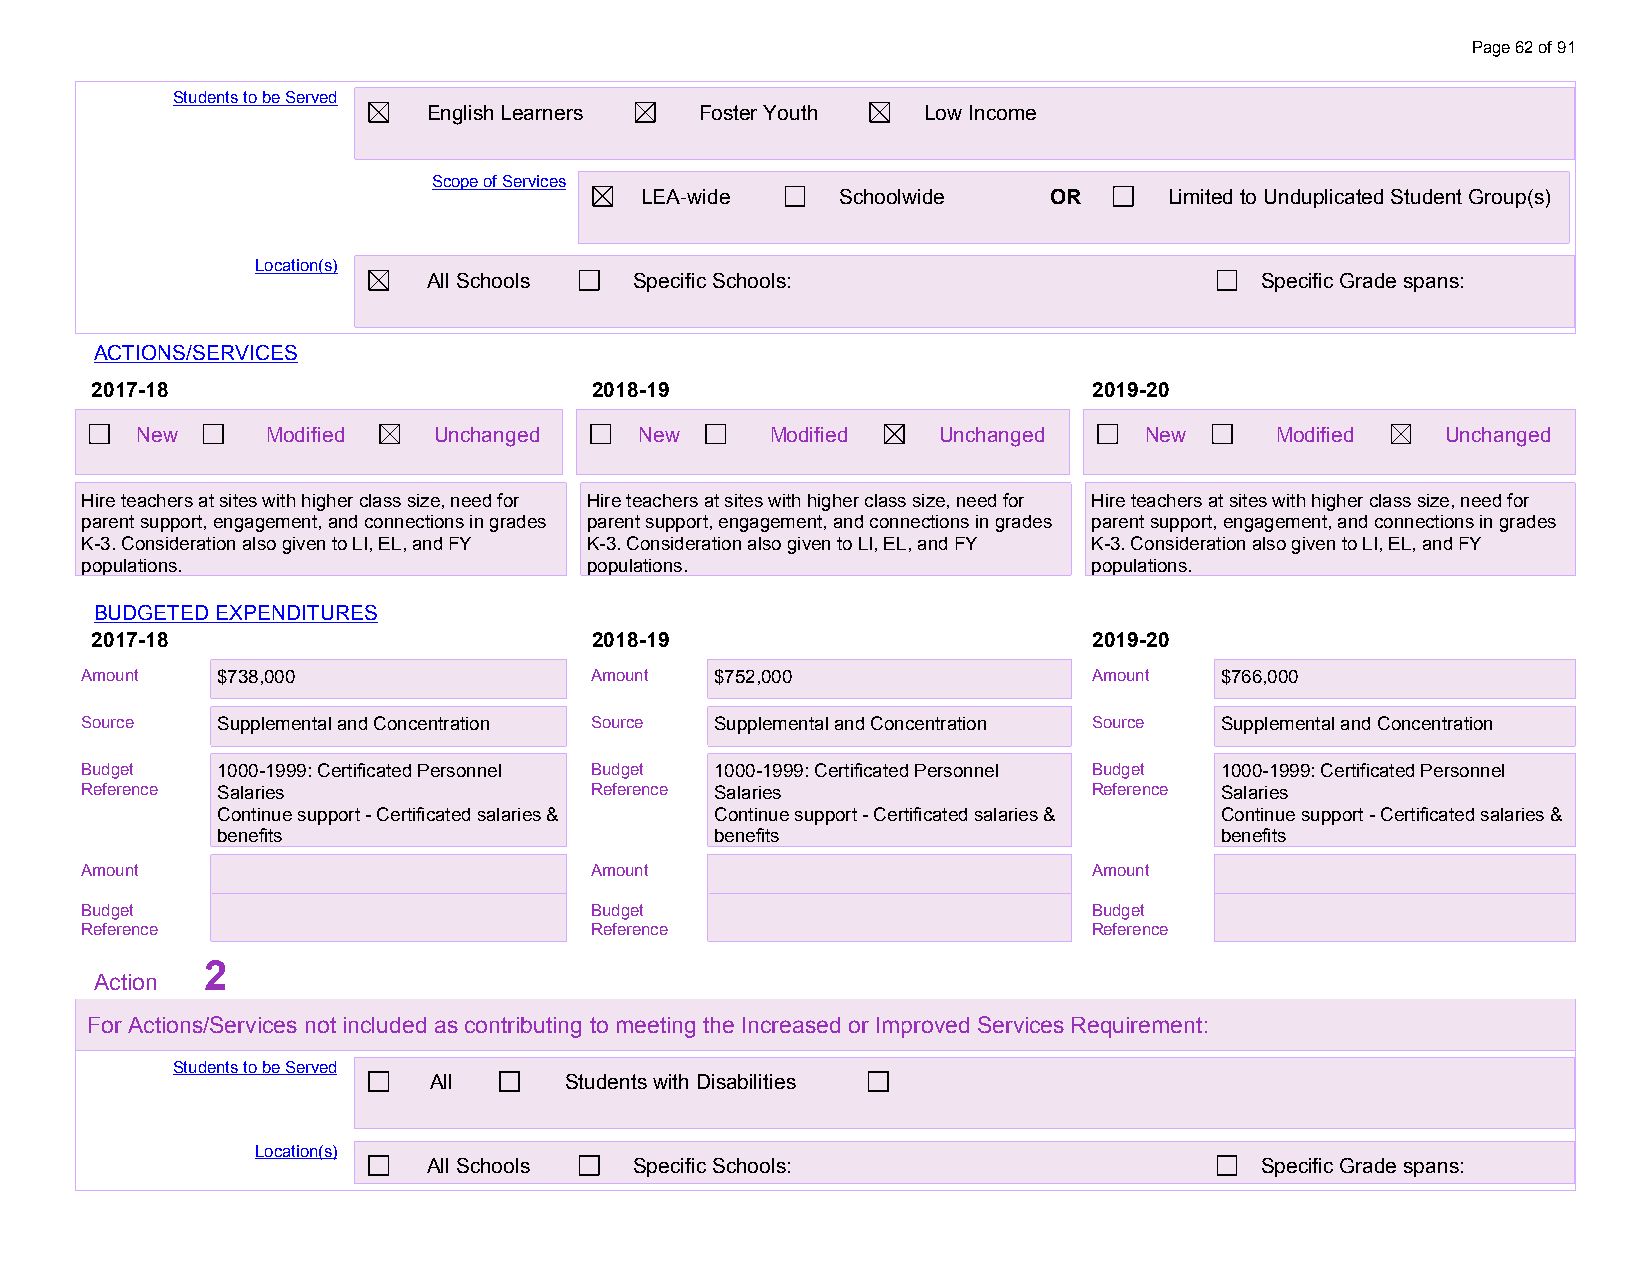
Page 62 of 91
 Students to be Served
 English Learners  Foster Youth   Low Income
 Scope of Services
 LEA-wide      Schoolwide   OR      Limited to Unduplicated Student Group(s)
 Location(s)
 All Schools   Specific Schools:                        Specific Grade spans:
 ACTIONS/SERVICES
 2017-18                          2018-19                          2019-20
 New      Modified   Unchanged    New      Modified   Unchanged     New     Modified    Unchanged
 Hire teachers at sites with higher class size, need for Hire teachers at sites with higher class size, need for Hire teachers at sites with higher class size, need for
 parent support, engagement, and connections in grades parent support, engagement, and connections in grades parent support, engagement, and connections in grades
 K-3. Consideration also given to LI, EL, and FY K-3. Consideration also given to LI, EL, and FY K-3. Consideration also given to LI, EL, and FY
 populations.                      populations.                     populations.
 BUDGETED EXPENDITURES
 2017-18                          2018-19                          2019-20
 Amount   $738,000                 Amount  $752,000                 Amount   $766,000
 S o u rce
 $ S7 u3 p8 p,0 le0 m0
 ental and Concentration Source Supplemental and Concentration Source Supplemental and Concentration
 B u d get
 $ 17 03 08 0,0 -10 90
 99: Certificated Personnel Budget 1000-1999: Certificated Personnel Budget 1000-1999: Certificated Personnel
 Reference Salaries                Reference Salaries               Reference Salaries
 Continue support - Certificated salaries & Continue support - Certificated salaries & Continue support - Certificated salaries &
 benefits                         benefits                          benefits
 Amount                            Amount                           Amount
 Budget                            Budget                           Budget
 Reference                         Reference                        Reference
 2
 Action
 For Actions/Services not included as contributing to meeting the Increased or Improved Services Requirement:
 Students to be Served
 All      Students with Disabilities
 Location(s)
 All Schools   Specific Schools:                        Specific Grade spans: